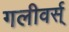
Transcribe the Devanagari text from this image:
गलीवर्स्